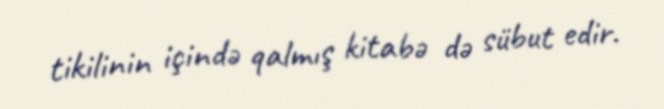
tikilinin içində qalmış kitabə də sübut edir.